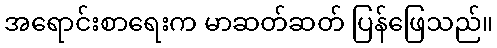
အရောင်းစာရေးက မာဆတ်ဆတ် ပြန်ဖြေသည်။